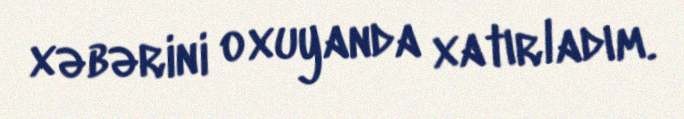
xəbərini oxuyanda xatırladım.